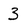
Character: 3